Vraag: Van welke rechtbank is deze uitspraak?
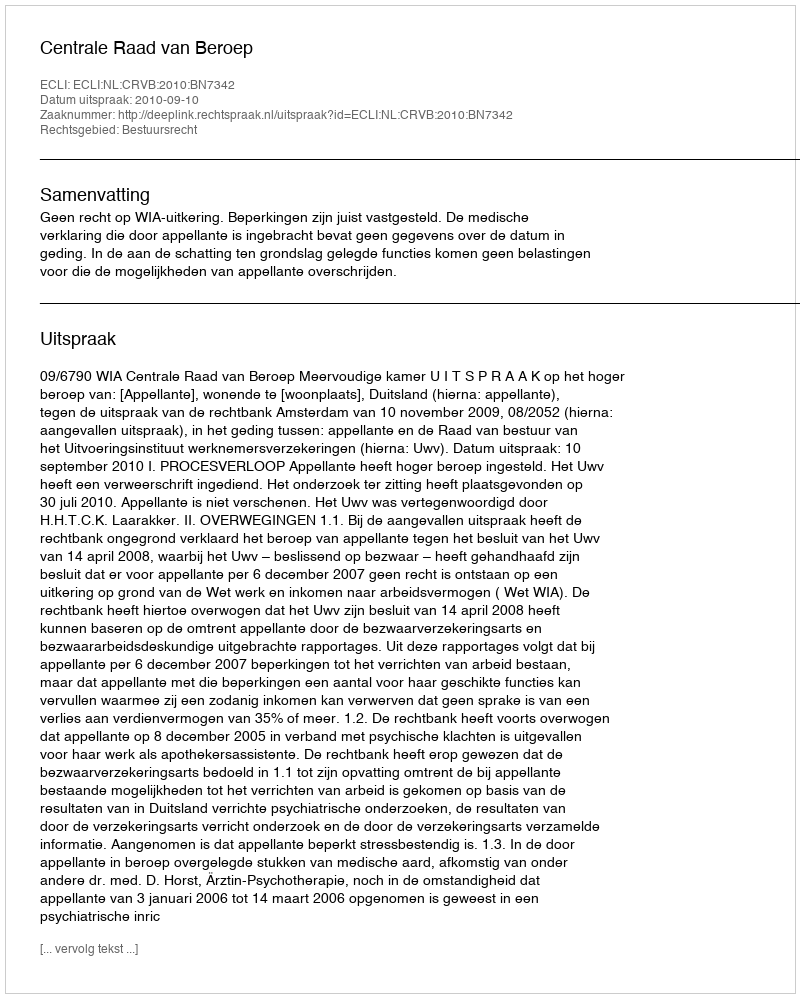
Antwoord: Centrale Raad van Beroep